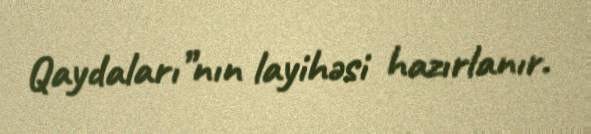
Qaydaları”nın layihəsi hazırlanır.